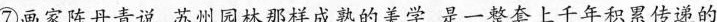
⑦画家陈丹青说苏州园林那样成熟的美字，是一整套上十年积系传递的